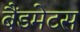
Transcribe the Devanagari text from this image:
बैंडमेटस